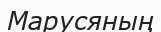
Марусяның